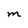
Character: m